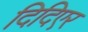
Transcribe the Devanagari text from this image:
दिदिएर